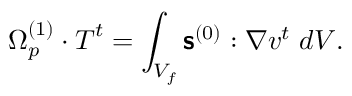
\boldsymbol { \Omega } _ { p } ^ { ( 1 ) } \cdot \boldsymbol { T } ^ { t } = \int _ { V _ { f } } \boldsymbol { \mathsf { s } } ^ { ( 0 ) } : \nabla \boldsymbol { v } ^ { t } \; d V . \quad